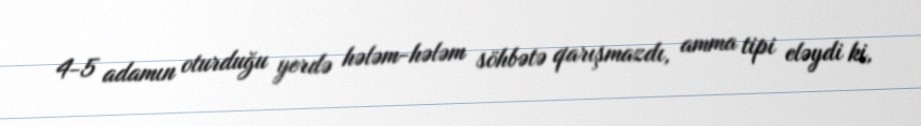
4-5 adamın oturduğu yerdə hələm-hələm söhbətə qarışmazdı, amma tipi eləydi ki,